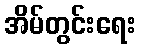
အိမ်တွင်းရေး